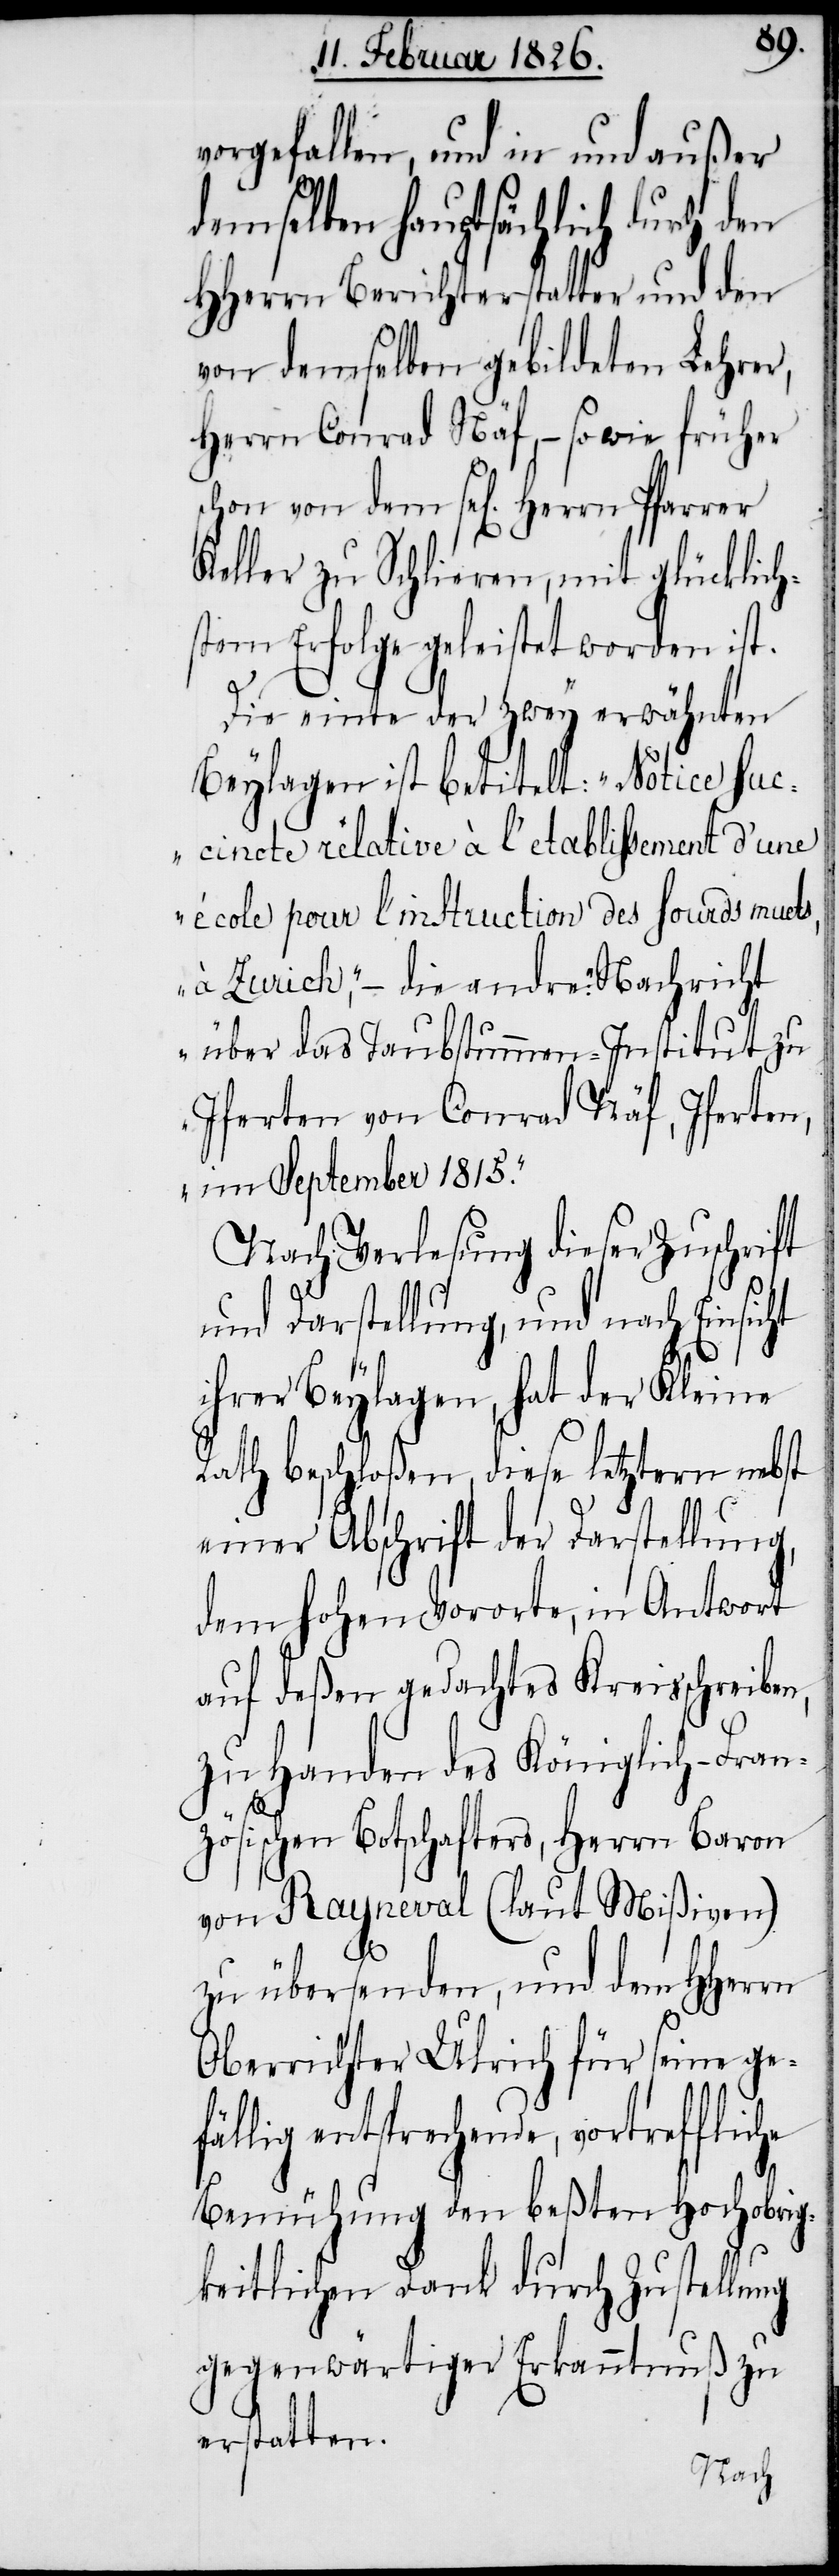
vorgefallen, und in und außer
demselben hauptsächlich durch den
HHerrn Berichterstatter und den
von demselben gebildeten Lehrer,
Herrn Conrad Näf, – sowie früher
schon von dem sel[igen] Herrn
Keller zu Schlieren, mit glücklich¬
stem Erfolge geleistet worden ist.
ht
Die einte der zwey erwähnten
Beylagen ist betitelt: „Notice suc¬
cincte rélative à l’etablissement d’une
école pour l’instruction des sourds muets,
à Zurich,“ – die andre: „Nachricht
über das Taubstummen-Institut zu
Iferten von Conrad Näf, Iferten,
im September 1815.“
Nach Verlesung dieser Zuschrift
und Darstellung, und nach Einsic¬
ihrer Beylagen, hat der Kleine
Rath beschloßen, diese letztern nebst
einer Abschrift der Darstellung,
dem hohen Vororte, in Antwort
auf deßen gedachtes Kreisschreiben,
zu Handen des Königlich-Fran¬
zösischen Botschafters, Herrn Baron
von Rayneval (laut Mißiven)
he
zu übersenden, und dem HHerrn
Oberrichter Ulrich für seine gef¬
ällig entsprechende, vortrefflic¬
Bemühung den beßten Hochobrig¬
keitlichen Dank durch Zustellung
gegenwärtiger Erkanntnuß zu
erstatten.